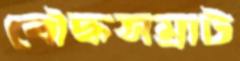
বৌদ্ধসম্রাট